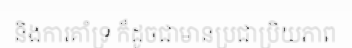
និងការគាំទ្រ ក៏ដូចជាមានប្រជាប្រិយភាព